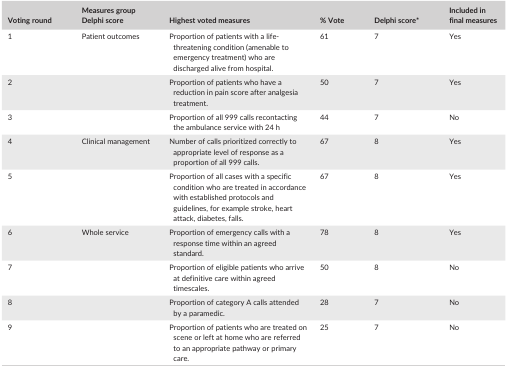
<table><thead><tr><td><b>Voting round</b></td><td><b>Measures group Delphi score</b></td><td><b>Highest voted measures</b></td><td><b>% Vote</b></td><td><b>Delphi scorea</b></td><td><b>Included in final measures</b></td></tr></thead><tbody><tr><td>1</td><td>Patient outcomes</td><td>Proportion of patients with a life‐threatening condition (amenable to emergency treatment) who are discharged alive from hospital.</td><td>61</td><td>7</td><td>Yes</td></tr><tr><td>2</td><td>[EMPTY_CELL]</td><td>Proportion of patients who have a reduction in pain score after analgesia treatment.</td><td>50</td><td>7</td><td>Yes</td></tr><tr><td>3</td><td>[EMPTY_CELL]</td><td>Proportion of all 999 calls recontacting the ambulance service with 24 h</td><td>44</td><td>7</td><td>No</td></tr><tr><td>4</td><td>Clinical management</td><td>Number of calls prioritized correctly to appropriate level of response as a proportion of all 999 calls.</td><td>67</td><td>8</td><td>Yes</td></tr><tr><td>5</td><td>[EMPTY_CELL]</td><td>Proportion of all cases with a specific condition who are treated in accordance with established protocols and guidelines, for example stroke, heart attack, diabetes, falls.</td><td>67</td><td>8</td><td>Yes</td></tr><tr><td>6</td><td>Whole service</td><td>Proportion of emergency calls with a response time within an agreed standard.</td><td>78</td><td>8</td><td>Yes</td></tr><tr><td>7</td><td>[EMPTY_CELL]</td><td>Proportion of eligible patients who arrive at definitive care within agreed timescales.</td><td>50</td><td>8</td><td>No</td></tr><tr><td>8</td><td>[EMPTY_CELL]</td><td>Proportion of category A calls attended by a paramedic.</td><td>28</td><td>7</td><td>No</td></tr><tr><td>9</td><td>[EMPTY_CELL]</td><td>Proportion of patients who are treated on scene or left at home who are referred to an appropriate pathway or primary care.</td><td>25</td><td>7</td><td>No</td></tr></tbody></table>